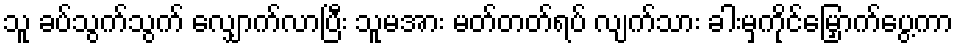
သူ ခပ်သွက်သွက် လျှောက်လာပြီး သူမအား မတ်တတ်ရပ် လျက်သား ခါးမှကိုင်မြှောက်ပွေ့ကာ